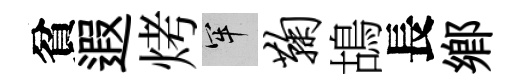
貧遐烤牢鞠鴣長鄕